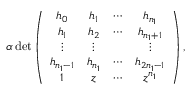
\begin{array} { r } { \alpha \det \left( \begin{array} { c c c c } { h _ { 0 } } & { h _ { 1 } } & { \cdots } & { h _ { n _ { 1 } } } \\ { h _ { 1 } } & { h _ { 2 } } & { \cdots } & { h _ { n _ { 1 } + 1 } } \\ { \vdots } & { \vdots } & & { \vdots } \\ { h _ { n _ { 1 } - 1 } } & { h _ { n _ { 1 } } } & { \cdots } & { h _ { 2 n _ { 1 } - 1 } } \\ { 1 } & { z } & { \cdots } & { z ^ { n _ { 1 } } } \end{array} \right) , } \end{array}